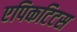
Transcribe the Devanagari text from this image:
एपिकटिटस